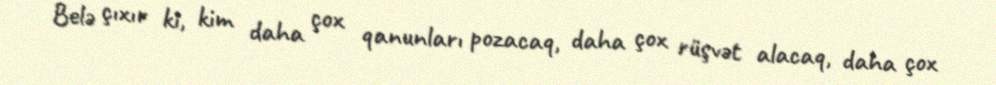
Belə çıxır ki, kim daha çox qanunları pozacaq, daha çox rüşvət alacaq, daha çox